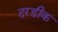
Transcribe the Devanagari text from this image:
दरडीक